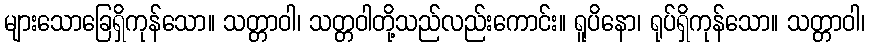
များသောခြေရှိကုန်သော။ သတ္တာဝါ၊ သတ္တဝါတို့သည်လည်းကောင်း။ ရူပိနော၊ ရုပ်ရှိကုန်သော။ သတ္တာဝါ၊